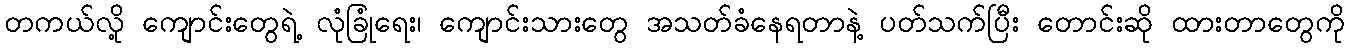
တကယ်လို့ ကျောင်းတွေရဲ့ လုံခြုံရေး၊ ကျောင်းသားတွေ အသတ်ခံနေရတာနဲ့ ပတ်သက်ပြီး တောင်းဆို ထားတာတွေကို